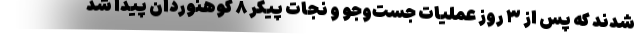
شدند که پس از ۳ روز عملیات جست‌وجو و نجات پیکر ۸ کوهنوردان پیدا شد